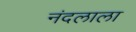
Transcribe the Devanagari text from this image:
नंदलाला